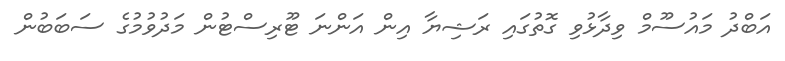
އަބްދު މައުސޫމް ވިދާޅުވި ގޮތުގައި ރަޝިޔާ އިން އަންނަ ޓޫރިސްޓުން މަދުވުމުގެ ސަބަބުން